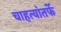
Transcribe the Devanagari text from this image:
चाहत्यांतर्फे